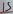
Text: 15